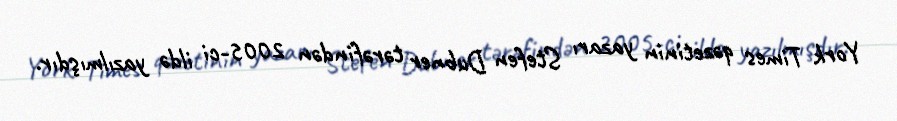
York Times qəzetinin yazarı Stefen Dubner tərəfindən 2005-ci ildə yazılmışdır.